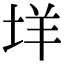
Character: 垟